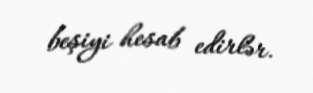
beşiyi hesab edirlər.